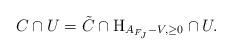
LaTeX: \begin{align*}C \cap U = \tilde{C} \cap \mathrm{H}_{A_{F_J} - V, \ge 0} \cap U.\end{align*}